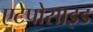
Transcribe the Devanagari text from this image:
एटेपोसाइड